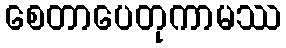
စေတာပေတုကာမဿ